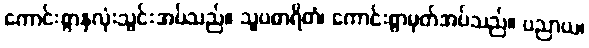
ကောင်းစွာနှလုံးသွင်းအပ်သည်။ သူပဓာရိတံ၊ ကောင်းစွာမှတ်အပ်သည်။ ပညာယ၊